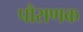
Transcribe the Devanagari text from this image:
पौराणक